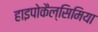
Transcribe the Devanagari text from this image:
हाइपोकैल्सिमिया